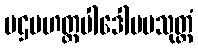
ပဌမဟတ္ထပါဒေါပမသုတ္တံ